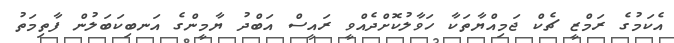
އެކަމުގެ ރަމްޒީ ޗެކް ޖަމިއްޔާތަކާ ހަވާލުކޮށްދެއްވީ ރައީސް އަބްދު ޔާމީންގެ އަނބިކަބަލުން ފާތިމަތު